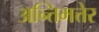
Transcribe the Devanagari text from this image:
अन्तिमत्तेर